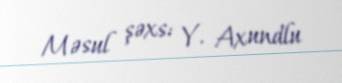
Məsul şəxs: Y. Axundlu